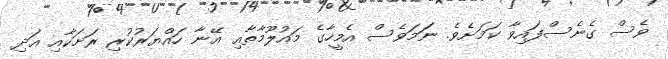
ވެސް ގެނެސްފައިވާ ކަމަަށެވެ. ނަަމަވެސް އެމީހާގެ މައުލޫމާތާއި އޭނާ ހައްޔަރުކުރި ރަށަކާއި އަދި